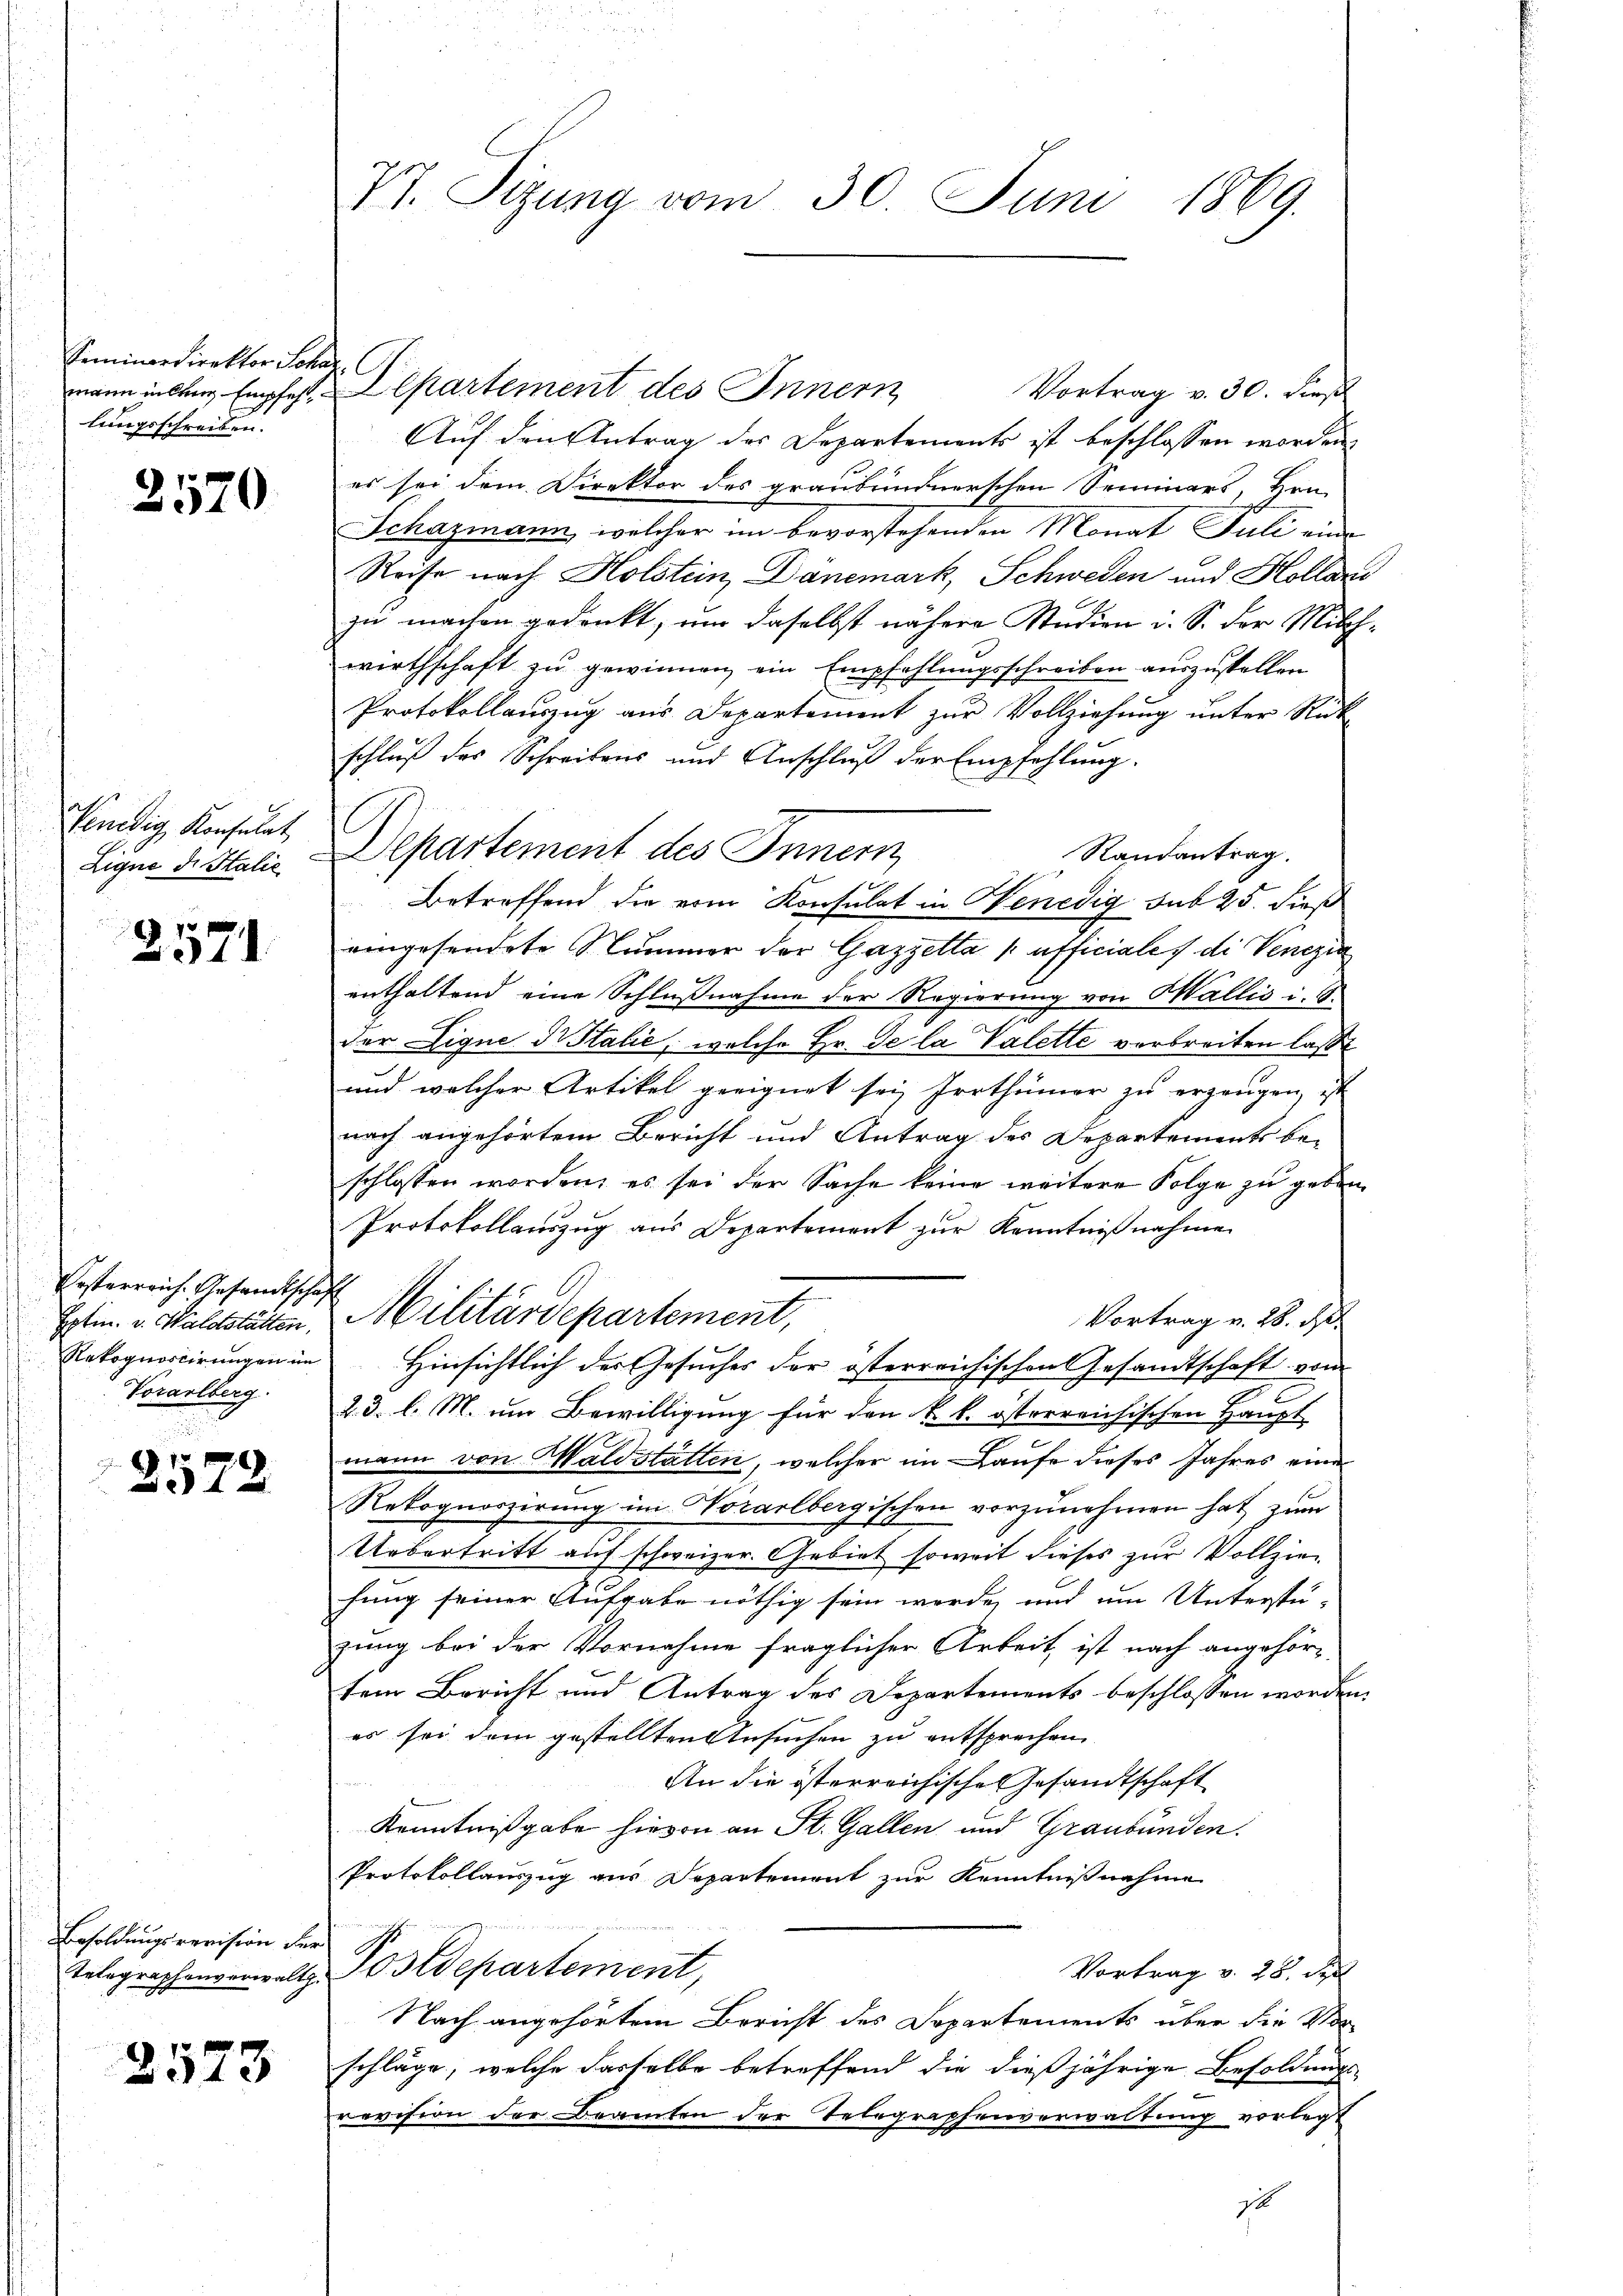
Seminardirektor Schar
lungsschreiben.

2570

Penedig Konsulat,
Ligne di Salić

2571.

Ersterreich. Gesandtschaft
Extin. v. Waldstätten,
Rekognostirungen im
Vorarlberg.

75
312

Besoldungsrevision der

2573

77. Sizung vom 30. Juni 1869.

Vortrag v. 30. Fors
Auf den Antrag des Departements ist beschlossen worden.
es sei dem Direktor des graubündnerschen Seminars, Hrn.
Schazmann, welcher im bevorstehenden Monat Juli eine
Reise nach Holstein, Dänemark, Schweden und Holland
zu machen gedenkt, um daselbst nähere Studien i. S. der Milchwirthschaft zu gewinnen ein Empfehlungsschreiben auszustellen
Protokollauszug aus Departement zur Vollziehung unter Rück-
schluß des Schreibens und Anschluß der Empfehlung.
Randantrag.
Betreffend die vom Konsulat in Venedig sub 25. dieß
eingesendete Nummer der Gazzetta afficiales die Venezia
enthaltend eine Schlußnahme der Regierung von Wallis i. 4.
der Ligne Italić, welche Hr. De la Valette verbreiten lasse
und welcher Artikel geeignet sei, Irrthümer zu erzeugen, ist
nach angehörtem Bericht und Antrag des Departements beschlossen worden, es sei der Sache keine weitere Folge zu geben
Protokollanzug aus Departement zur Kenntnißnahme
Militärdepartement,
Vortrag v. 28. Ap
Hinsichtlich der Gesuches der österreichischen Gesandtschaft vom
2.3. l. M. um Bewilligung für den k. k. österreichischen Haupt
mann von Waldstatten, welcher im Laufe dieses Jahres eine
Rekognoszirung im Norarlbergischen vorzunehmen hat zum
Uebertritt auf schweizer. Gebiet soweit dieses zur Vollziefung seiner Aufgabe nöthig sein werde, und um Unterstu-
zung bei der Vornahme fraglicher Arbeit, ist nach angehörtem Bericht und Antrag des Departements beschlossen worden.
es sei dem gestellten Ansuchen zu entsprechen
An die österreichisches Gesandtschaft
Kenntnißgabe hievon an St. Gallen und Graubünden.
Protokollauszug aus Departement zur Kenntnißnahme
Vortrag v. 28. Sep
Telegraphenverwaltz-Postdepartement,
Nach angehörtem Bericht des Dopartements über die Vor-
schläge, welche dasselbe betreffend die dießjährige Besoldungs-
revision der Beamten der Telegraphenverwaltung vorlegt
it

mann in den Empfest, Departement des Innern

Departement des Innern,